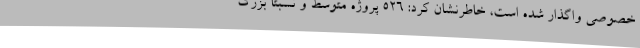
خصوصی واگذار شده است، خاطرنشان کرد: 526 پروژه متوسط و نسبتاً بزرگ